Report of the Indian Hemp Drugs Commission, 1894-1895 - Volume VIII
Year: 1894
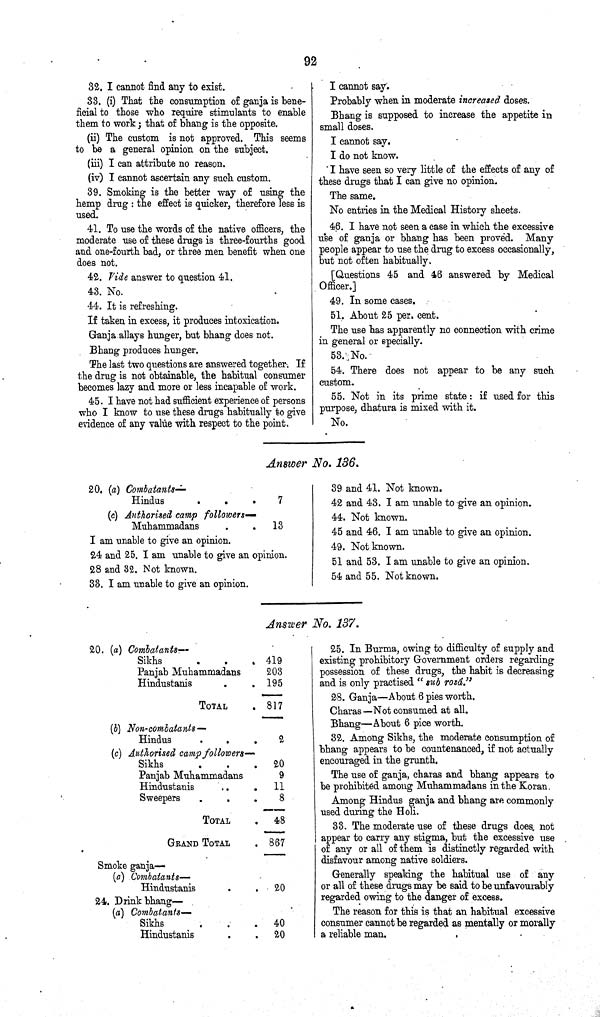
92
32. I cannot find any to exist.
33. (i) That the consumption of ganja is bene¬
ficial to those who require stimulants to enable
them to work; that of bhang is the opposite.
(ii) The custom is not approved. This seems
to be a general opinion on the subject.
(iii) I can attribute no reason.
(iv) I cannot ascertain any such custom.
39. Smoking is the better way of using the
hemp drug: the effect is quicker, therefore less is
used.
41. To use the words of the native officers, the
moderate use of these drugs is three-fourths good
and one-fourth bad, or three men benefit when one
does not.
42. Vide answer to question 41.
43. No.
44. It is refreshing.
If taken in excess, it produces intoxication.
Ganja allays hunger, but bhang does not.
Bhang produces hunger.
The last two questions are answered together. If
the drug is not obtainable, the habitual consumer
becomes lazy and more or less incapable of work.
45. I have not had sufficient experience of persons
who I know to use these drugs habitually to give
evidence of any value with respect to the point.
I cannot say.
Probably when in moderate increased doses.
Bhang is supposed to increase the appetite in
small doses.
I cannot say.
I do not know.
I have seen so very little of the effects of any of
these drugs that I can give no opinion.
The same.
No entries in the Medical History sheets.
46. I have not seen a case in which the excessive
use of ganja or bhang has been proved. Many
people appear to use the drug to excess occasionally,
but not often habitually.
[Questions 45 and 46 answered by Medical
Officer.]
49. In some cases.
51. About 25 per. cent.
The use has apparently no connection with crime
in general or specially.
53. No.
54. There does not appear to be any such
custom.
55. Not in its prime state: if used for this
purpose, dhatura is mixed with it.
No.
Answer No. 136.
20. (a) Combatants—
Hindus
7
(c) Authorised camp followers—
Muhammadans
13
I am unable to give an opinion.
24 and 25. I am unable to give an opinion.
28 and 32. Not known.
33. I am unable to give an opinion.
39 and 41. Not known.
42 and 43. I am unable to give an opinion.
44. Not known.
45 and 46. I am unable to give an opinion.
49. Not known.
51 and 53. I am unable to give an opinion.
54 and 55. Not known.
Answer No. 137.
20. (a) Combatants—
Sikhs
419
Panjab Muhammadans
203
Hindustanis
195
TOTAL
817
(b) Non-combatants—
Hindus
2
(c) Authorised camp followers—
Sikhs
20
Panjab Muhammadans
9
Hindustanis
11
Sweepers
8
TOTAL
48
GRAND TOTAL
867
Smoke ganja—
(a) Combatants —
Hindustanis
20
24. Drink bhang—
(a) Combatants —
Sikhs
40
Hindustanis
20
25. In Burma, owing to difficulty of supply and
existing prohibitory Government orders regarding
possession of these drugs, the habit is decreasing
and is only practised "sub rosd."
28. Ganja—About 6 pies worth.
Charas—Not consumed at all.
Bhang—About 6 pice worth.
32. Among Sikhs, the moderate consumption of
bhang appears to be countenanced, if not actually
encouraged in the grunth.
The use of ganja, charas and bhang appears to
be prohibited among Muhammadans in the Koran.
Among Hindus ganja and bhang are commonly
used during the Holi.
33. The moderate use of these drugs does not
appear to carry any stigma, but the excessive use
of any or all of them is distinctly regarded with
disfavour among native soldiers.
Generally speaking the habitual use of any
or all of these drugs may be said to be unfavourably
regarded owing to the danger of excess.
The reason for this is that an habitual excessive
consumer cannot be regarded as mentally or morally
a reliable man.